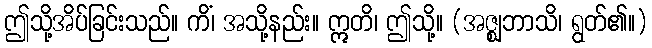
ဤသို့အိပ်ခြင်းသည်။ ကိံ၊ အသို့နည်း။ ဣတိ၊ ဤသို့။ (အဇ္ဈဘာသိ၊ ရွတ်၏။)